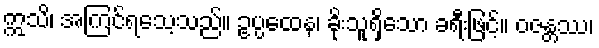
ဣသိ၊ အကြင်ရသေ့သည်။ ဥပ္ပထေန၊ ခိုးသူရှိသော ခရီးဖြင့်။ ဝဇန္တဿ၊